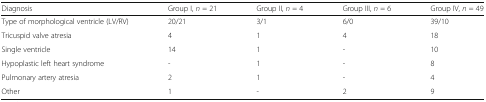
<table><thead><tr><td><b>Diagnosis</b></td><td><b>Group I, <i>n</i> = 21</b></td><td><b>Group II, <i>n</i> = 4</b></td><td><b>Group III, <i>n</i> = 6</b></td><td><b>Group IV, <i>n</i> = 49</b></td></tr></thead><tbody><tr><td>Type of morphological ventricle (LV/RV)</td><td>20/21</td><td>3/1</td><td>6/0</td><td>39/10</td></tr><tr><td>Tricuspid valve atresia</td><td>4</td><td>1</td><td>4</td><td>18</td></tr><tr><td>Single ventricle</td><td>14</td><td>1</td><td>-</td><td>10</td></tr><tr><td>Hypoplastic left heart syndrome</td><td>-</td><td>1</td><td>-</td><td>8</td></tr><tr><td>Pulmonary artery atresia</td><td>2</td><td>1</td><td>-</td><td>4</td></tr><tr><td>Other</td><td>1</td><td>-</td><td>2</td><td>9</td></tr></tbody></table>